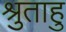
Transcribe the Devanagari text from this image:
श्रुताहु